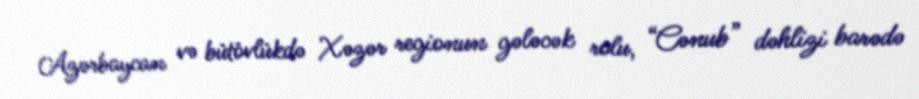
Azərbaycan və bütövlükdə Xəzər regionun gələcək rolu, “Cənub” dəhlizi barədə